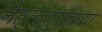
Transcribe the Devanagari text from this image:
नेतृत्वगुणांच्या